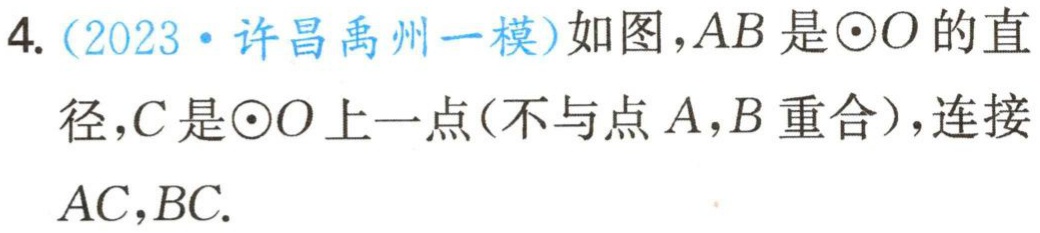
4. (2023·许昌禹州一模)如图，$AB$是$\odot O$的直径，$C$是$\odot O$上一点(不与点$A,B$重合)，连接$AC,BC.$